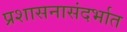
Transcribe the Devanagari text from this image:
प्रशासनासंदर्भात